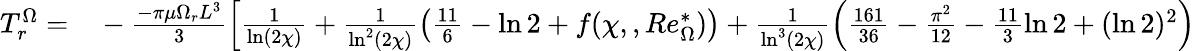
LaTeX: \begin{array}{rl}{T_{r}^{\Omega}=}&{{}-\frac{-\pi\mu\Omega_{r}L^{3}}{3}\left[\frac{1}{\ln(2\chi)}+\frac{1}{\ln^{2}(2\chi)}\left(\frac{11}{6}-\ln 2+f(\chi,,Re_{\Omega}^{*})\right)+\frac{1}{\ln^{3}(2\chi)}\left(\frac{161}{36}-\frac{\pi^{2}}{12}-\frac{11}{3}\ln 2+(\ln 2)^{2}\right)\right.}\end{array}